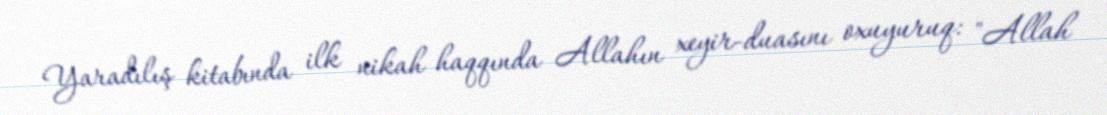
Yaradılış kitabında ilk nikah haqqında Allahın xeyir-duasını oxuyuruq: "Allah